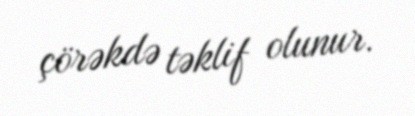
çörəkdə təklif olunur.